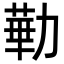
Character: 𪟥